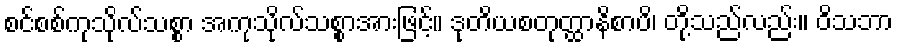
စင်စစ်ကုသိုလ်သစ္စာ အကုသိုလ်သစ္စာအားဖြင့်။ ဒုတိယစတုတ္ထာနိစာပိ၊ တို့သည်လည်း။ ဝိသဘာ